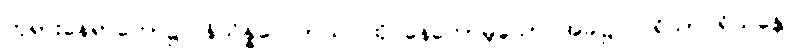
ဘုရားနေရာတော်၌။ နိသိန္နဝေလာယ၊ ထိုင်နေတော်မူသော အခါ၌။ ပရိသာပရိယန္တေ၊